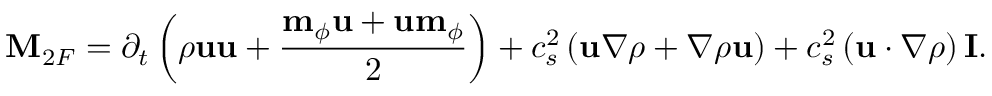
\mathbf { M } _ { 2 F } = \partial _ { t } \left( \rho \mathbf { u } \mathbf { u } + \frac { \mathbf { m } _ { \phi } \mathbf { u } + \mathbf { u } \mathbf { m } _ { \phi } } { 2 } \right) + c _ { s } ^ { 2 } \left( \mathbf { u } \nabla \rho + \nabla \rho \mathbf { u } \right) + c _ { s } ^ { 2 } \left( \mathbf { u } \cdot \nabla \rho \right) \mathbf { I } .